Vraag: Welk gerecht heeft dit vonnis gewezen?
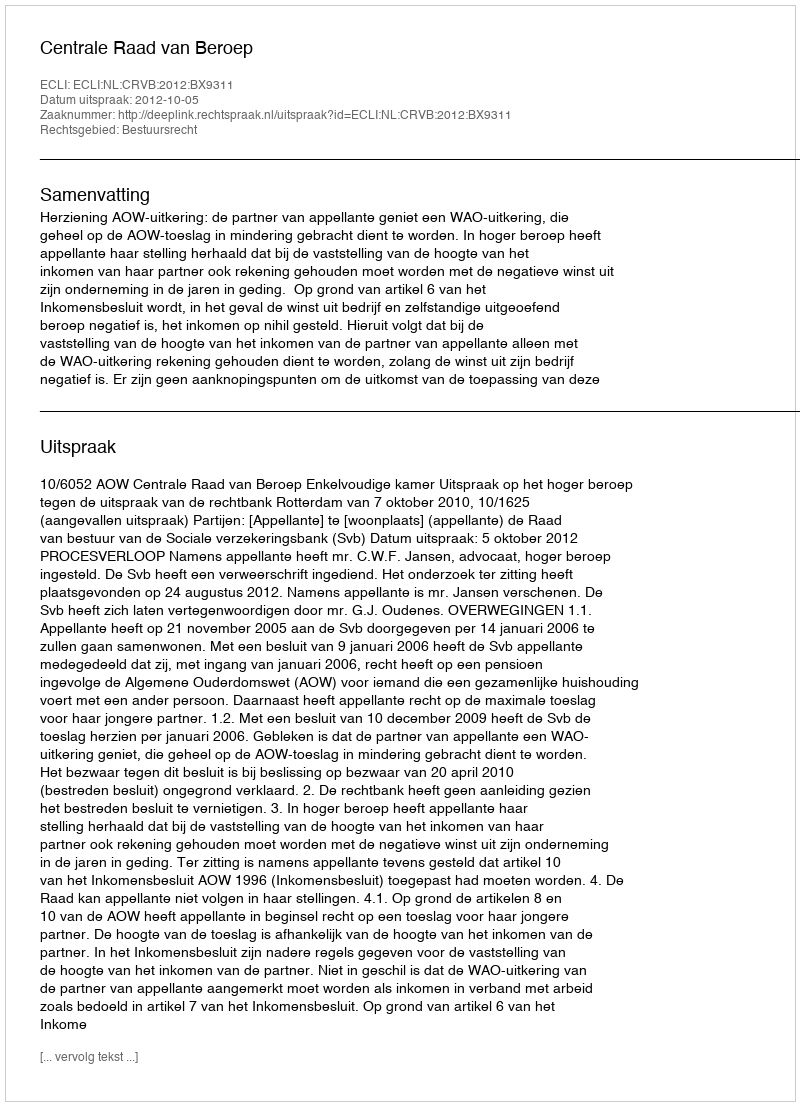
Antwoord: Centrale Raad van Beroep